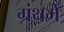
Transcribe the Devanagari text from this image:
ग्रंथमें